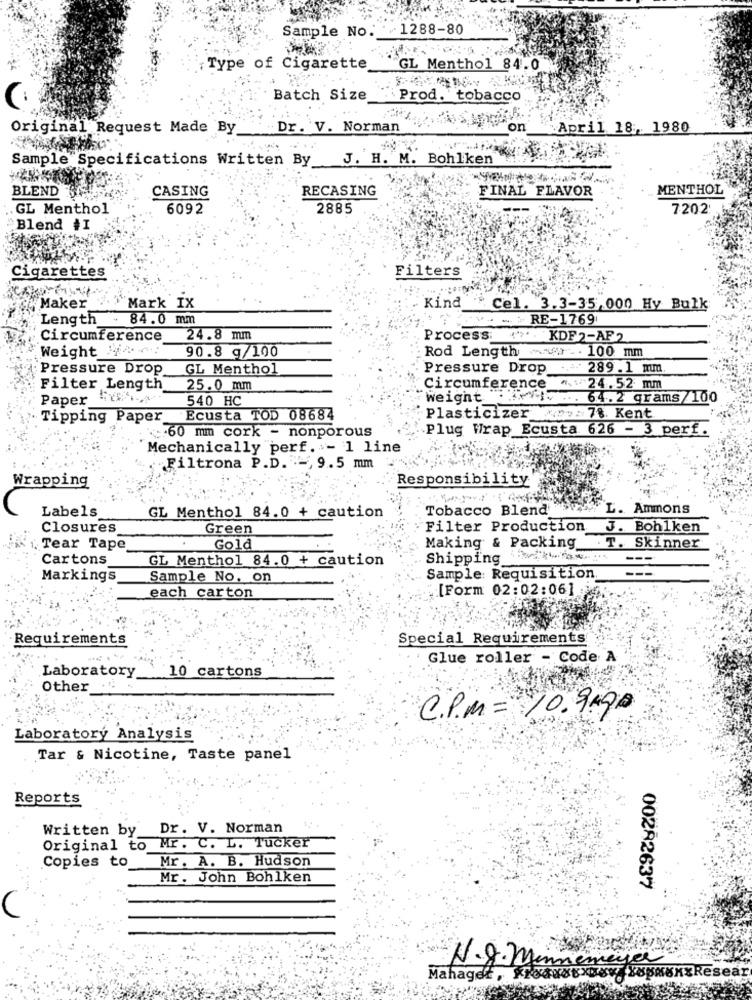
Sample No.
1288-80
Type of Cigarette
GL Menthol 84.0
Batch Size
Prod. tobacco
Original Request Made By
Dr. V. Norman
on
.April 18, 1980
Sample Specifications Written By_
J. H. M. Bohlken
BLEND
RECASING
FINAL FLAVOR
MENTHOL
CASING
GL Menthol
6092
2885
7202:
Blend #I
Cigarettes
Filters
Kind
Maker
Mark IX
Cel. 3.3-35,000 Hy Bulk
Length - 84.0 mm
.*** = = RE-1769
Circumference
24.8 mm
Process: { ** KDF2-AF2
Weight :
90.8 g/100
Rod Length www . 100 mm
Pressure Drop
GL Menthol
Pressure Drop .- 289.1 mm
Filter Length
25.0 mm
Circumference
A:24.52 mm
Paper ".
540 HC
weight . .. ... 64.2 grams/100
Tipping Paper
Ecusta TOD 08684
Plasticizer 7%. Kent
Plug Wrap Ecusta 626 - 3 perf.
<- 60 mm cork - nonporous
Mechanically perf. - 1 line
Filtrona P.D. , 9.5 mm
Responsibility
Wrapping
Labels
Tobacco Blend
L. Ammons
GL Menthol 84.0 + caution
Closures
Green
Filter Production.
J. Bohlken
Tear Tape
Gold
Making & Packing
.T. Skinner
Cartons
GL Menthol 84.0 + caution
Shipping
Markings
Sample No. on
Sample: Requisition
each carton
[Form 02:02:06]
Requirements
Special Requirements
Glue roller - Code A
Laboratory
10 cartons
Other ...
C. P.M = 10.9490
Laboratory Analysis
Tar & Nicotine, Taste panel
Reports
Written by
Dr. V. Norman
Original to Mr. C. L. Tucker
Copies to
Mr. A. B. Hudson
Mr. John Bohlken
00282637
Mahaget , Kiodxxxxxx lospue
N.Q. Minnemeyer